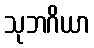
သုဘဂိယာ